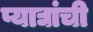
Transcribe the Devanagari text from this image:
प्याद्यांची